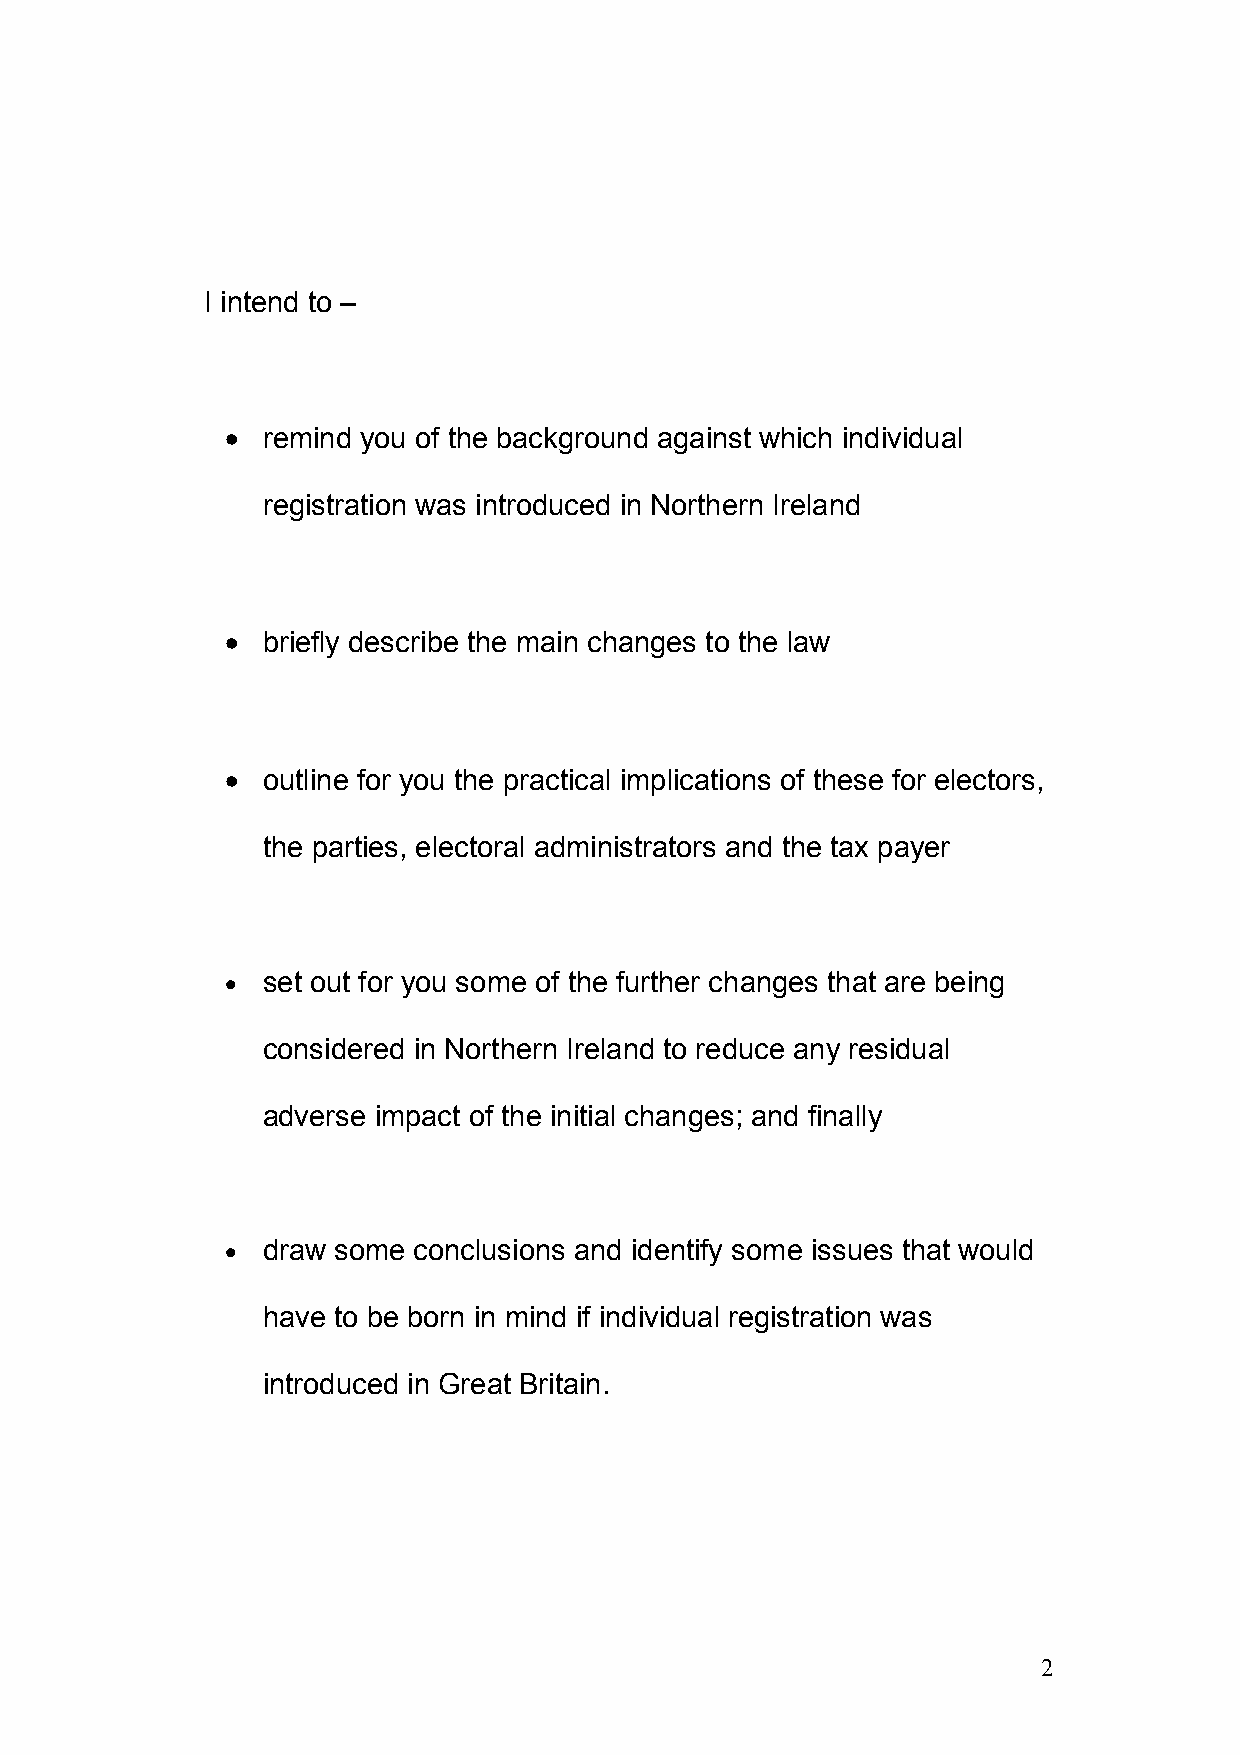
I intend to –
 • remind you of the background against which individual
 registration was introduced in Northern Ireland
 • briefly describe the main changes to the law
 • outline for you the practical implications of these for electors,
 the parties, electoral administrators and the tax payer
 • set out for you some of the further changes that are being
 considered in Northern Ireland to reduce any residual
 adverse impact of the initial changes; and finally
 • draw some conclusions and identify some issues that would
 have to be born in mind if individual registration was
 introduced in Great Britain.
 2